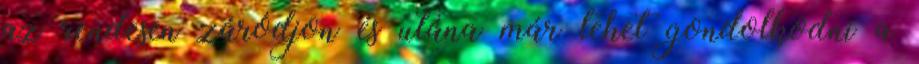
az rendesen záródjon és utána már lehet gondolkodni a